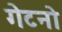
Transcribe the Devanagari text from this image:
गेटनो